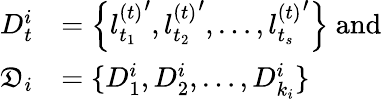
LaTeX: \begin{array}{rl}{D_{t}^{i}}&{=\Big\{ {l_{t_{1}}^{(t)}}^{\prime},{l_{t_{2}}^{(t)}}^{\prime},\ldots,{l_{t_{s}}^{(t)}}^{\prime}\Big\} \mathrm{~and}}\\ {\mathfrak{D}_{i}}&{=\{ D_{1}^{i},D_{2}^{i},\ldots,D_{k_{i}}^{i}\} }\end{array}